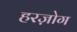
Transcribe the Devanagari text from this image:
हरज़ोग